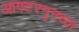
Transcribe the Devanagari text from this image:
आफ्टरनूनच्या